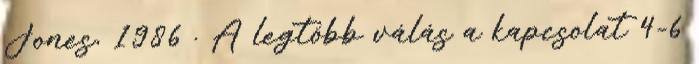
Jones, 1986 . A legtöbb válás a kapcsolat 4-6